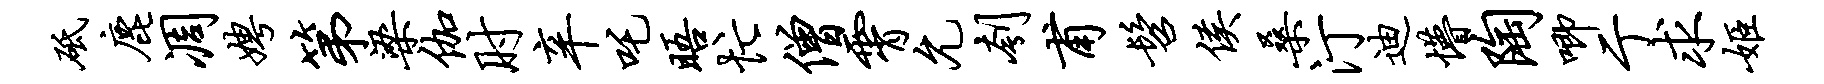
砥鹿凋娉第梁伽肘辛吒晤忙僧霄允刳甫髫侯桑汀迪懵陶唧亍求姬